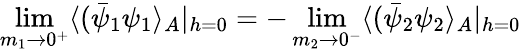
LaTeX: \operatorname*{lim}_{m_{1}\rightarrow 0^{+}}\langle(\bar{\psi}_{1}\psi_{1}\rangle_{A}|_{h=0}=-\operatorname*{lim}_{m_{2}\rightarrow 0^{-}}\langle(\bar{\psi}_{2}\psi_{2}\rangle_{A}|_{h=0}